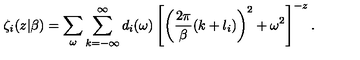
\zeta _ { i } ( z | \beta ) = \sum _ { \omega } \sum _ { k = - \infty } ^ { \infty } d _ { i } ( \omega ) \left[ \left( { \frac { 2 \pi } { \beta } } ( k + l _ { i } ) \right) ^ { 2 } + \omega ^ { 2 } \right] ^ { - z } .